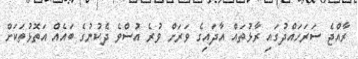
ރާއްޖެ ސަރަހައްދުގައި ރާޅުތައް އާދައިގެ ވަރަށް ވުރެ އުސްވެ ދެކުނުގެ ބައެއް އަތޮޅުތަކަށް